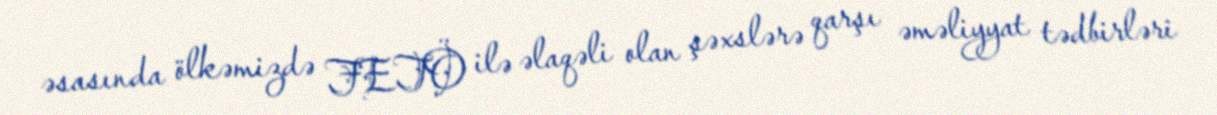
əsasında ölkəmizdə FETÖ ilə əlaqəli olan şəxslərə qarşı əməliyyat tədbirləri